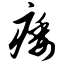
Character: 痿